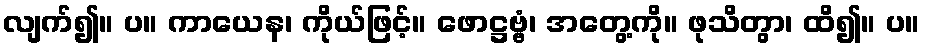
လျက်၍။ ပ။ ကာယေန၊ ကိုယ်ဖြင့်။ ဖောဋ္ဌဗ္ဗံ၊ အတွေ့ကို။ ဖုသိတွာ၊ ထိ၍။ ပ။